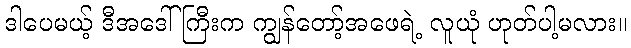
ဒါပေမယ့် ဒီအဒေါ်ကြီးက ကျွန်တော့်အဖေရဲ့ လူယုံ ဟုတ်ပါ့မလား။